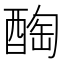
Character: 醄